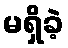
မရှိခဲ့